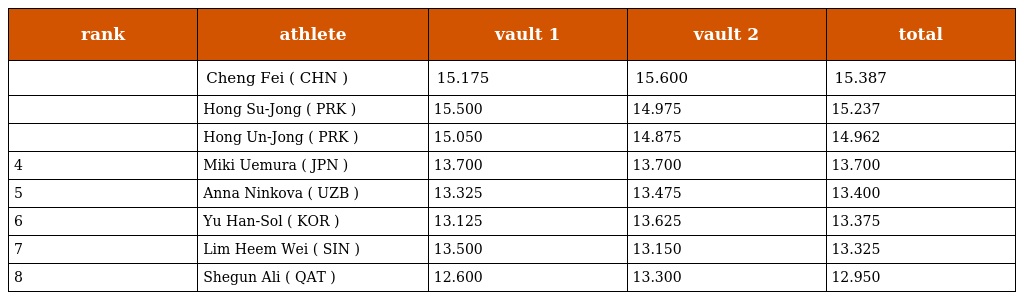
| rank | athlete | vault 1 | vault 2 | total |
 | --- | --- | --- | --- | --- |
 |  | Cheng Fei ( CHN ) | 15.175 | 15.600 | 15.387 |
 |  | Hong Su-Jong ( PRK ) | 15.500 | 14.975 | 15.237 |
 |  | Hong Un-Jong ( PRK ) | 15.050 | 14.875 | 14.962 |
 | 4 | Miki Uemura ( JPN ) | 13.700 | 13.700 | 13.700 |
 | 5 | Anna Ninkova ( UZB ) | 13.325 | 13.475 | 13.400 |
 | 6 | Yu Han-Sol ( KOR ) | 13.125 | 13.625 | 13.375 |
 | 7 | Lim Heem Wei ( SIN ) | 13.500 | 13.150 | 13.325 |
 | 8 | Shegun Ali ( QAT ) | 12.600 | 13.300 | 12.950 |